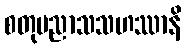
စတုပညာသသဟဿာနိ